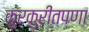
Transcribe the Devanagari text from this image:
कुरकुरीतपणा